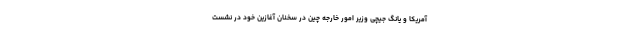
آمریکا و یانگ جیچی وزیر امور خارجه چین در سخنان آغازین خود در نشست